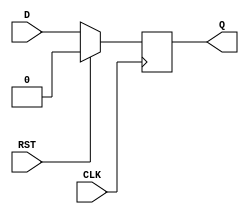
module DFF3(CLK,D,Q,RST);
	output Q;
	input CLK,D,RST;
	reg Q;
	always@(posedge CLK)
		if(RST == 1) Q=0;
		else if (RST ==0 ) Q = D;
endmodule